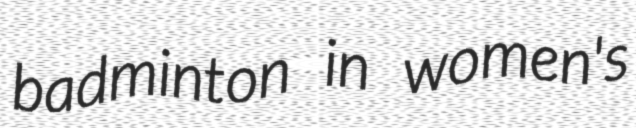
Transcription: badminton in women's